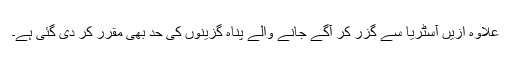
علاوہ ازیں آسٹریا سے گزر کر آگے جانے والے پناہ گزینوں کی حد بھی مقرر کر دی گئی ہے۔